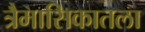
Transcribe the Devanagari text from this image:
त्रैमासिकातला